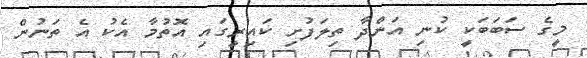
މީގެ ސަބަބަކީ ކުނި އަންދާ ތިލަފުށި ކައިރީގައި އޮތުމާ އެކު އެ ތަނުން